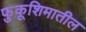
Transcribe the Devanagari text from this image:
फुकूशिमातील